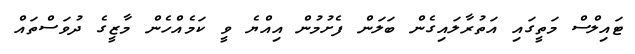
ޓައިލްސް މަތީގައި އަތުރާލައިގެން ބަލަން ފެށުމުން އިއްޔެ ވީ ކަމެއްހެން މާޒީގެ ދުވަސްތައް